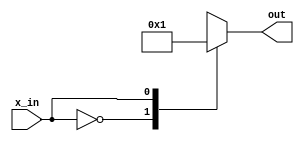
module x_based_case (
    input wire x_in,
    output reg [1:0] out
);

always @* begin
    casez(x_in)
        2'b00: out = 2'b00;
        2'b01: out = 2'b01;
        default: out = 2'bxz;
    endcase
end

endmodule